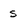
Character: s